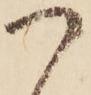
つ